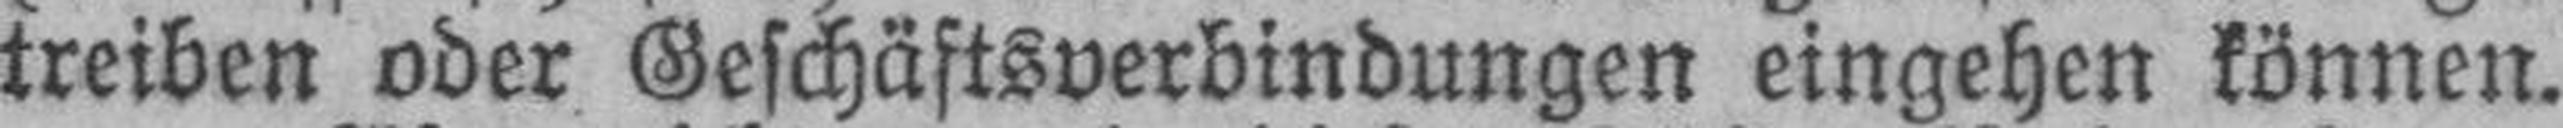
treiben oder Geschäftsverbindungen eingehen können.